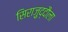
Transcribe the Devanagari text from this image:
सिराज़ुद्दौला